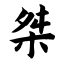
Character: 桀